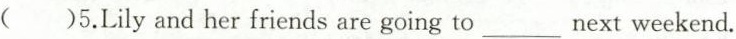
( )5.Lily and her friends are going to ___ next weekend.